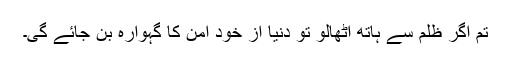
تم اگر ظلم سے ہاتھ اٹھالو تو دنیا از خود امن کا گہوارہ بن جائے گی۔